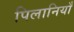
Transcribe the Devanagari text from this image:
पिलानियाँ